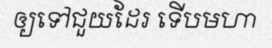
ឲ្យទៅជួយដែរ ទើបមហា